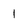
Character: 1